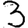
Digit: 3